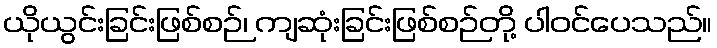
ယိုယွင်းခြင်းဖြစ်စဉ်၊ ကျဆုံးခြင်းဖြစ်စဉ်တို့ ပါဝင်ပေသည်။